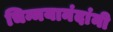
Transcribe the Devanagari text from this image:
चिन्मयानंदांनी